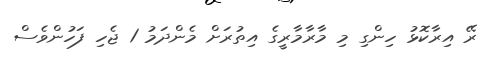
ރޭ އިރާކޮޅު ހިންގި މި މާރާމާރީގެ އިތުރަށް މެންދަމު 1 ޖެހި ފަހުންވެސް